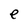
Character: e